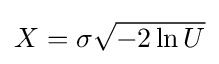
X=\sigma {\sqrt {-2\ln U}}